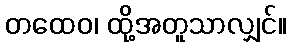
တထေဝ၊ ထို့အတူသာလျှင်။